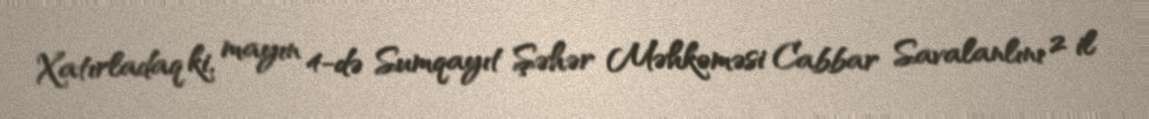
Xatırladaq ki, mayın 4-də Sumqayıt Şəhər Məhkəməsi Cabbar Savalanlını 2 il